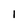
Character: 1